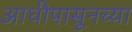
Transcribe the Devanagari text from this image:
आधीपासूनच्या